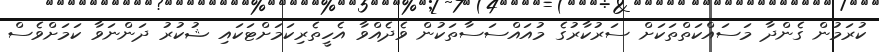
ކުރަމުން ގެންދާ މަސައްކަތްތަކަށް ސަރުކާރުގެ މުއައްސަސާތަކުން ވެދެއްވާ އެހީތެރިކަމަށްޓަކައި ޝުކުރު ދަންނަވާ ކަމަށްވެސް